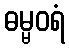
ဓမ္မဝရံ